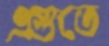
এগুতে